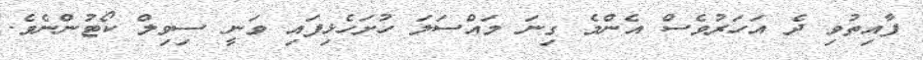
ފާއިތުވި ދެ އަހަރުވެސް އެންމެ ގިނަ މައްސަލަ ހުށަހެޅިފައި ވަނީ ސިވިލް ކޯޓުންނެވެ.